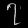
Digit: ၇